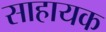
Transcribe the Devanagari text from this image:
साहायक